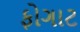
ફોગાટ